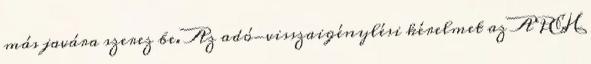
más javára szerez be. Az adó-visszaigénylési kérelmet az APEH